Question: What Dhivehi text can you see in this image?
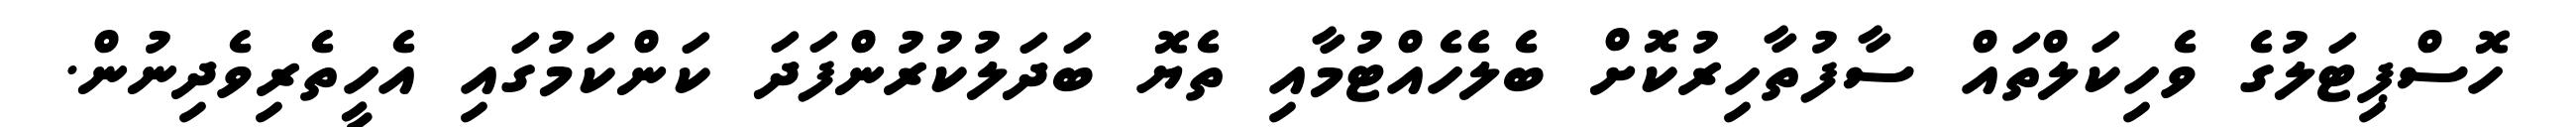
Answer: ހޮސްޕިޓަލުގެ ވެހިކަލްތައް ސާފުތާހިރުކޮށް ބެލެހެއްޓުމާއި ތެޔޮ ބަދަލުކުރުންފަދަ ކަންކަމުގައި އެހީތެރިވެދިނުން.